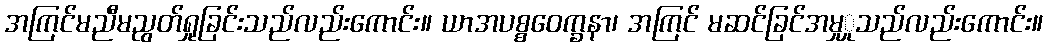
အကြင်မညီမညွတ်ရှုခြင်းသည်လည်းကောင်း။ ယာအပစ္စဝေက္ခနာ၊ အကြင် မဆင်ခြင်အမှုှုသည်လည်းကောင်း။